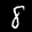
Label: 8